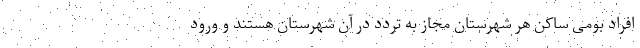
افراد بومی ساکن هر شهرستان مجاز به تردد در آن شهرستان هستند و ورود